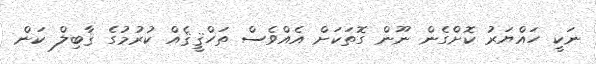
ނަކީ ހައްޔަރު ކޮށްގެން ނޫން ގޮތަކަށް އެއްވެސް ތަހްޤީޤެއް ކުރުމުގެ ޤާބިލް ކަން